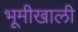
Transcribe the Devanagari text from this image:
भूमीखाली